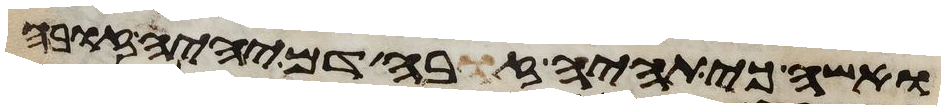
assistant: ואשה כי תהיה זבה דם יהיה זובה